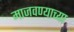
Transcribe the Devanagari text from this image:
माजवण्याच्या